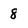
Character: 8